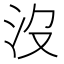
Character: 沒